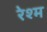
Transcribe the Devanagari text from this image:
रेश्म